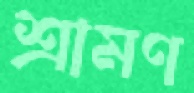
শ্রামণ